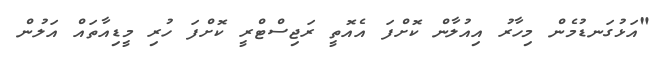
"އަޅުގަނޑުމެން މިހާރު އިއުލާން ކޮށްފަ އެއޮތީ ރަޖިސްޓްރީ ކޮށްފަ ހުރި މީޑިއާތައް އަލުން